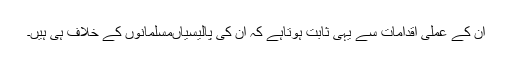
ان کے عملی اقدامات سے یہی ثابت ہوتاہے کہ ان کی پالیسیاںمسلمانوں کے خلاف ہی ہیں۔